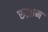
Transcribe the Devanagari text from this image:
रुझाम